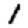
Digit: 1